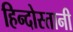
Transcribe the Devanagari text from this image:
हिन्दोस्तानी